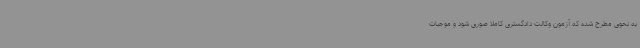
به نحوی مطرح شده که آزمون وکالت دادگستری کاملاً صوری شود و موجبات